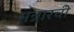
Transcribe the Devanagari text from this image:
मन्नारची